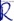
Text: R